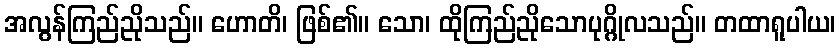
အလွန်ကြည်ညိုသည်။ ဟောတိ၊ ဖြစ်၏။ သော၊ ထိုကြည်ညိုသောပုဂ္ဂိုလသည်။ တထာရူပါယ၊